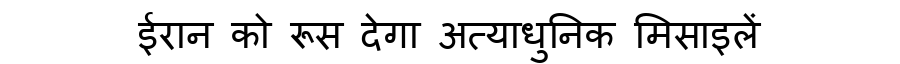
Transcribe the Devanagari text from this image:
ईरान को रूस देगा अत्याधुनिक मिसाइलें